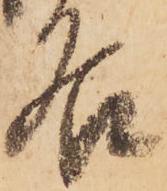
名